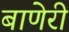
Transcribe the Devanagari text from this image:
बाणेरी